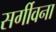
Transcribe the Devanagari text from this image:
सर्गीवना